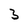
Character: 3